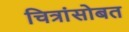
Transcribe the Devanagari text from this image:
चित्रांसोबत